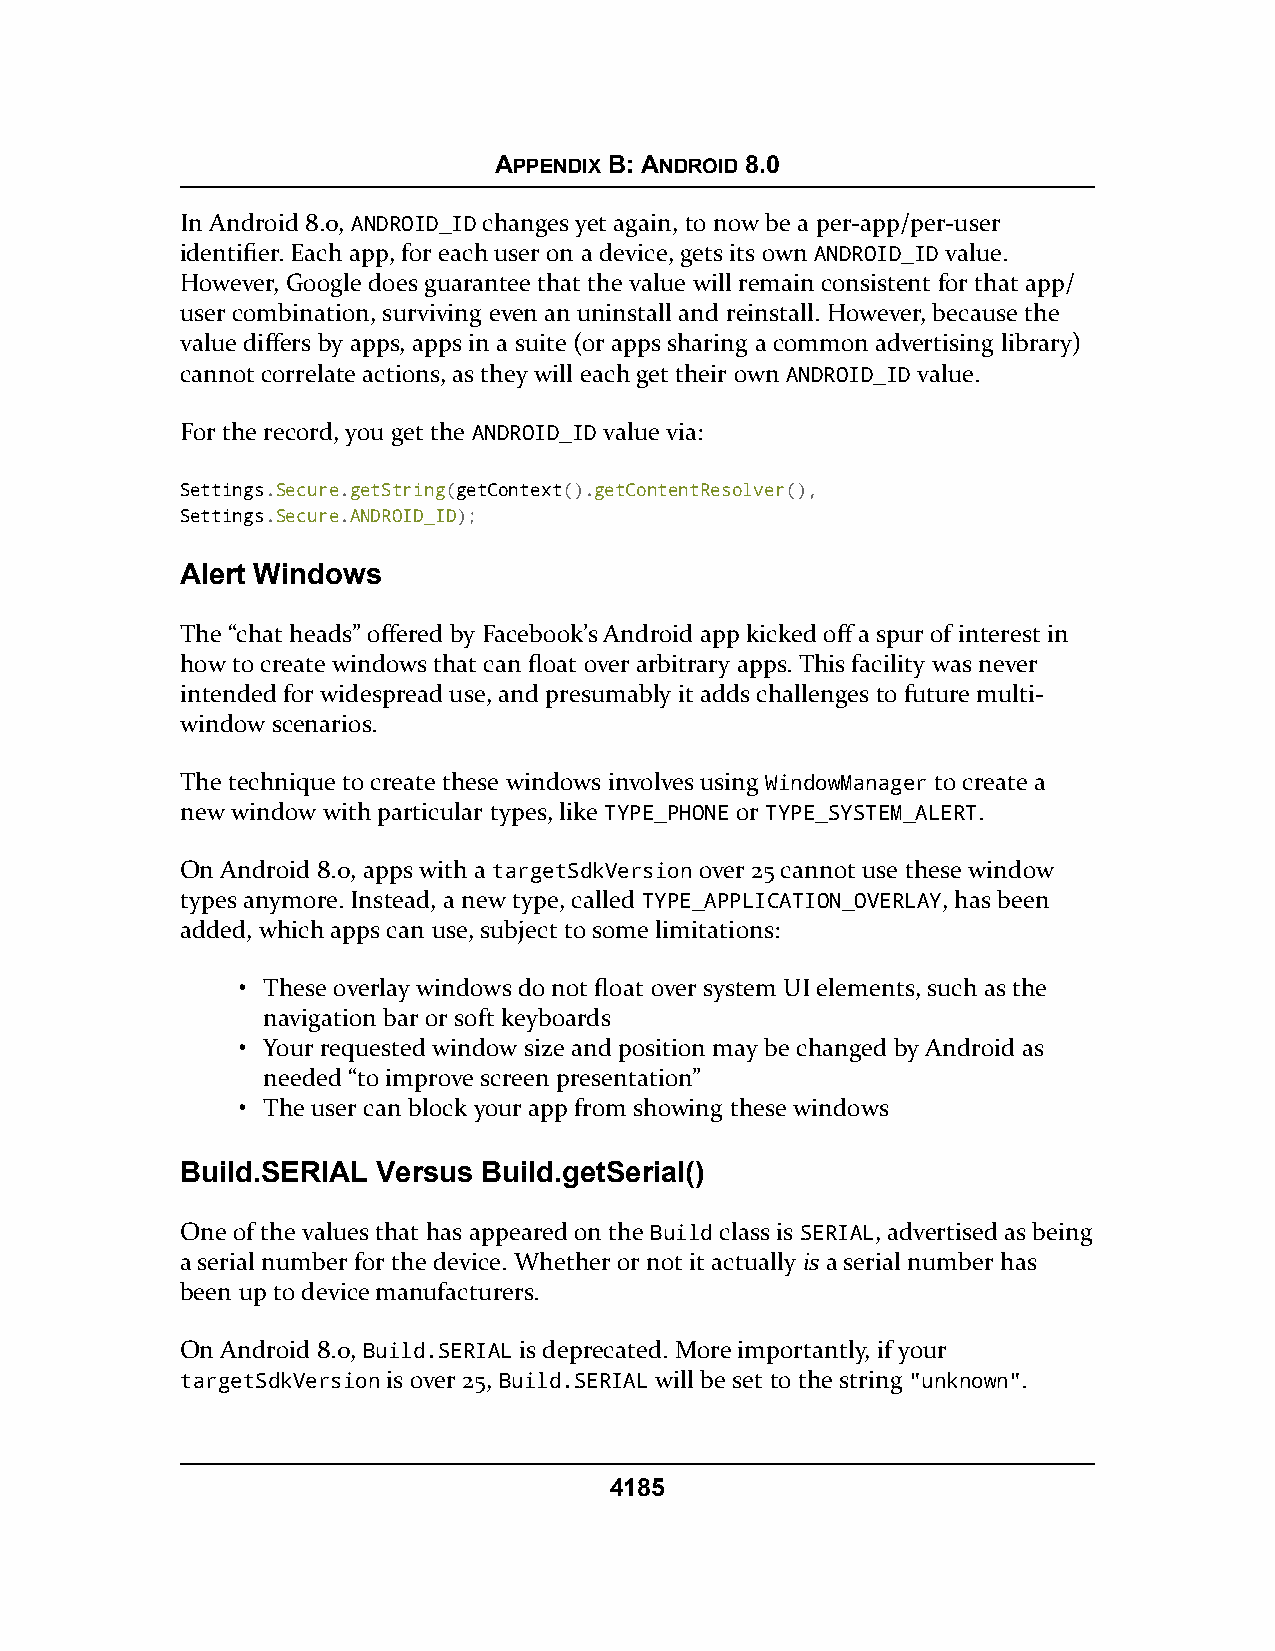
APPENDIX B: ANDROID 8.0
 In Android 8.0, ANDROID_ID changes yet again, to now be a per-app/per-user
 identifier. Each app, for each user on a device, gets its own ANDROID_ID value.
 However, Google does guarantee that the value will remain consistent for that app/
 user combination, surviving even an uninstall and reinstall. However, because the
 value differs by apps, apps in a suite (or apps sharing a common advertising library)
 cannot correlate actions, as they will each get their own ANDROID_ID value.
 For the record, you get the ANDROID_ID value via:
 Settings.Secure.getString(getContext().getContentResolver(),
 Settings.Secure.ANDROID_ID);
 Alert Windows
 The “chat heads” offered by Facebook’s Android app kicked off a spur of interest in
 how to create windows that can float over arbitrary apps. This facility was never
 intended for widespread use, and presumably it adds challenges to future multi-
 window scenarios.
 The technique to create these windows involves using WindowManager to create a
 new window with particular types, like TYPE_PHONE or TYPE_SYSTEM_ALERT.
 On Android 8.0, apps with a targetSdkVersion over 25 cannot use these window
 types anymore. Instead, a new type, called TYPE_APPLICATION_OVERLAY, has been
 added, which apps can use, subject to some limitations:
 • These overlay windows do not float over system UI elements, such as the
 navigation bar or soft keyboards
 • Your requested window size and position may be changed by Android as
 needed “to improve screen presentation”
 • The user can block your app from showing these windows
 Build.SERIAL Versus Build.getSerial()
 One of the values that has appeared on the Build class is SERIAL, advertised as being
 a serial number for the device. Whether or not it actually is a serial number has
 been up to device manufacturers.
 On Android 8.0, Build.SERIAL is deprecated. More importantly, if your
 targetSdkVersion is over 25, Build.SERIAL will be set to the string "unknown".
 4185